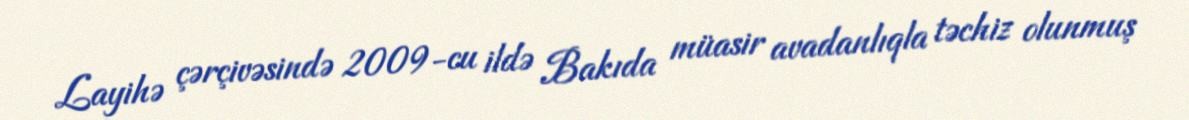
Layihə çərçivəsində 2009-cu ildə Bakıda müasir avadanlıqla təchiz olunmuş